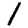
Digit: 1